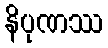
နိပုဏဿ